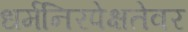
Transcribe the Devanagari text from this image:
धर्मनिरपेक्षतेवर